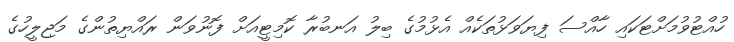
ހުއްޓުވުމަށްޓަކައި ހާއްސަ ފިޔަވަޅުތަކެއް އެޅުމުގެ ބިލު އަނބުރާ ކޮމިޓީއަށް ފޮނުވަން ރައްޔިތުންގެ މަޖިލީހުގެ